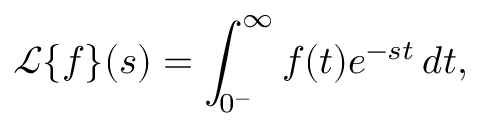
{ \mathcal { L } } \{ f \} ( s ) = \int _ { 0 ^ { - } } ^ { \infty } f ( t ) e ^ { - s t } \, d t ,